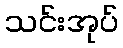
သင်းအုပ်